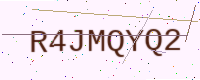
Text: R4JMQYQ2